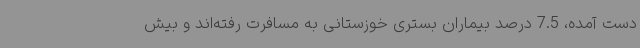
دست آمده، 7.5 درصد بیماران بستری خوزستانی به مسافرت رفته‌اند و بیش